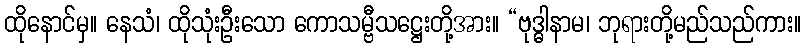
ထိုနောင်မှ။ နေသံ၊ ထိုသုံးဦးသော ကောသမ္ဗီသဋ္ဌေးတို့အား။ “ဗုဒ္ဓါနာမ၊ ဘုရားတို့မည်သည်ကား။